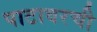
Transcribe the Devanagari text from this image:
पाटावरची